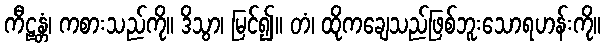
ကီဠန္တံ၊ ကစားသည်ကို။ ဒိသွာ၊ မြင်၍။ တံ၊ ထိုကချေသည်ဖြစ်ဘူးသောရဟန်းကို။